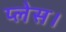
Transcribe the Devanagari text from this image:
प्‍लेस।